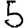
Digit: 5